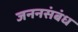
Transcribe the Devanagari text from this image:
जननसंबंध